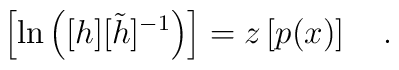
\left[ \ln \left( [h][\tilde{h}]^{-1} \right) \right] =z\left[ p(x) \right] ~~~.